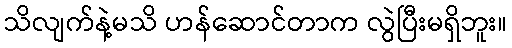
သိလျက်နဲ့မသိ ဟန်ဆောင်တာက လွဲပြီးမရှိဘူး။